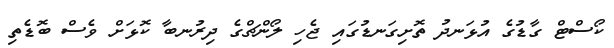
ކޯސްޓް ގާޑުގެ އުޅަނދު ތޮށިގަނޑުގައި ޖެހި ލޯންޗްގެ ދިރުނބާ ކޮޅަށް ވެސް ބޮޑެތި